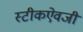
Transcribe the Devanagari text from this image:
स्टीकऐवजी